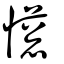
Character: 憽